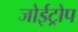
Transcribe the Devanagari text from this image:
जोईट्रोप